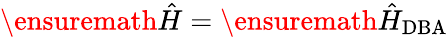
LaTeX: \ensuremath{\hat{H}}=\ensuremath{\hat{H}}_{\mathrm{DBA}}